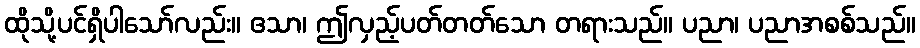
ထိုသို့ပင်ရှိပါသော်လည်း။ ဧသာ၊ ဤလှည့်ပတ်တတ်သော တရားသည်။ ပညာ၊ ပညာအစစ်သည်။